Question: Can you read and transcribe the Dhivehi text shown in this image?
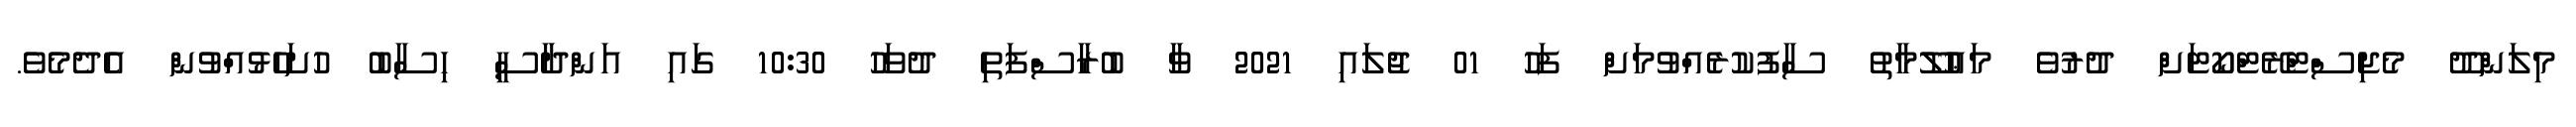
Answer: މިލަންދޫ މެޖިސްޓްރޭޓްކޯޓަށް ދުރުވެ މަޢުލޫމާތު ސާފުކުރެއްވުމަށް ފަހު 01 ޖުލައި 2021 ވާ ބުރާސްފަތި ދުވަހު 10:30 ގައި އަންދާސީ ހިސާބު ހުށަހެޅުއްވުން އެދެމެވެ.